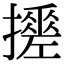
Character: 𢷼